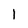
Character: 1